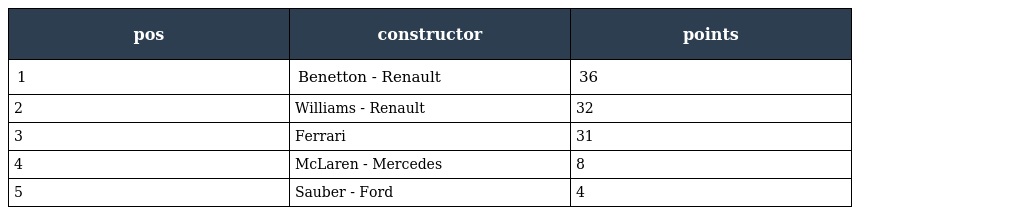
| pos | constructor | points |
 | --- | --- | --- |
 | 1 | Benetton - Renault | 36 |
 | 2 | Williams - Renault | 32 |
 | 3 | Ferrari | 31 |
 | 4 | McLaren - Mercedes | 8 |
 | 5 | Sauber - Ford | 4 |